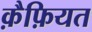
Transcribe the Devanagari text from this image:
क़ैफ़ियत